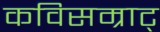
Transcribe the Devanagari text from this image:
कविसम्राट्